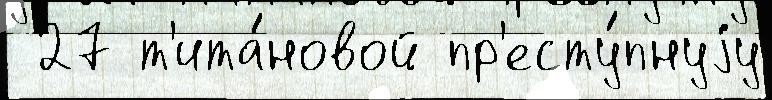
 27 т'ита́новой пр'есту́пнуjу